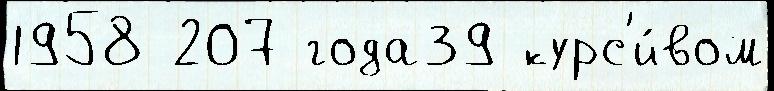
1958 207 года39 курс'и́вом